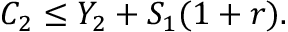
C _ { 2 } \leq Y _ { 2 } + S _ { 1 } ( 1 + r ) .